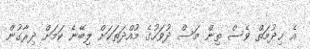
އެ ޚިދުމަތް ވެސް ތިން މަސް ދުވަހުގެ މުއްދަތަކަށް ލިބޭނެ ކަމަށް ދިރާގުން